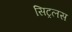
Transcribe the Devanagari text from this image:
सिट्रलस